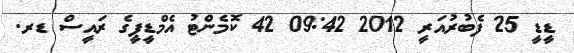
ޑީޑީ 25 ފެބުރުއަރީ 2012 09:42 42 ކޮމެންޓު އެމްޑީޕީގެ ރައީސް ޑރ.